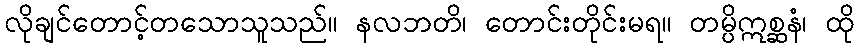
လိုချင်တောင့်တသောသူသည်။ နလဘတိ၊ တောင်းတိုင်းမရ။ တမ္ပိဣစ္ဆနံ၊ ထို